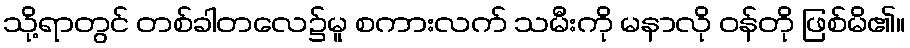
သို့ရာတွင် တစ်ခါတလေ၌မူ စကားလက် သမီးကို မနာလို ဝန်တို ဖြစ်မိ၏။